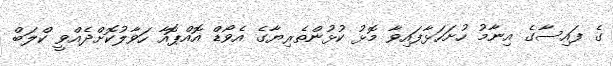
ގެ ފައިސާގެ އިނާމު ހުށަހަޅާފައިވާ މޮޅު ކުޅުންތެރިޔާގެ އެވޯޑް އޮއްޕޮއާ ހަވާލުކޮށްދެއްވީ ކްލަބް